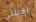
يقتلني